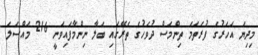
މިދިޔަ އަހަރުގެ ފުރަތަމަ ތިންމަސް ދުވަހުގެ ތެރޭގައި ބަލާ ނިންމާފައިވަނީ 216 މައްސަލަ